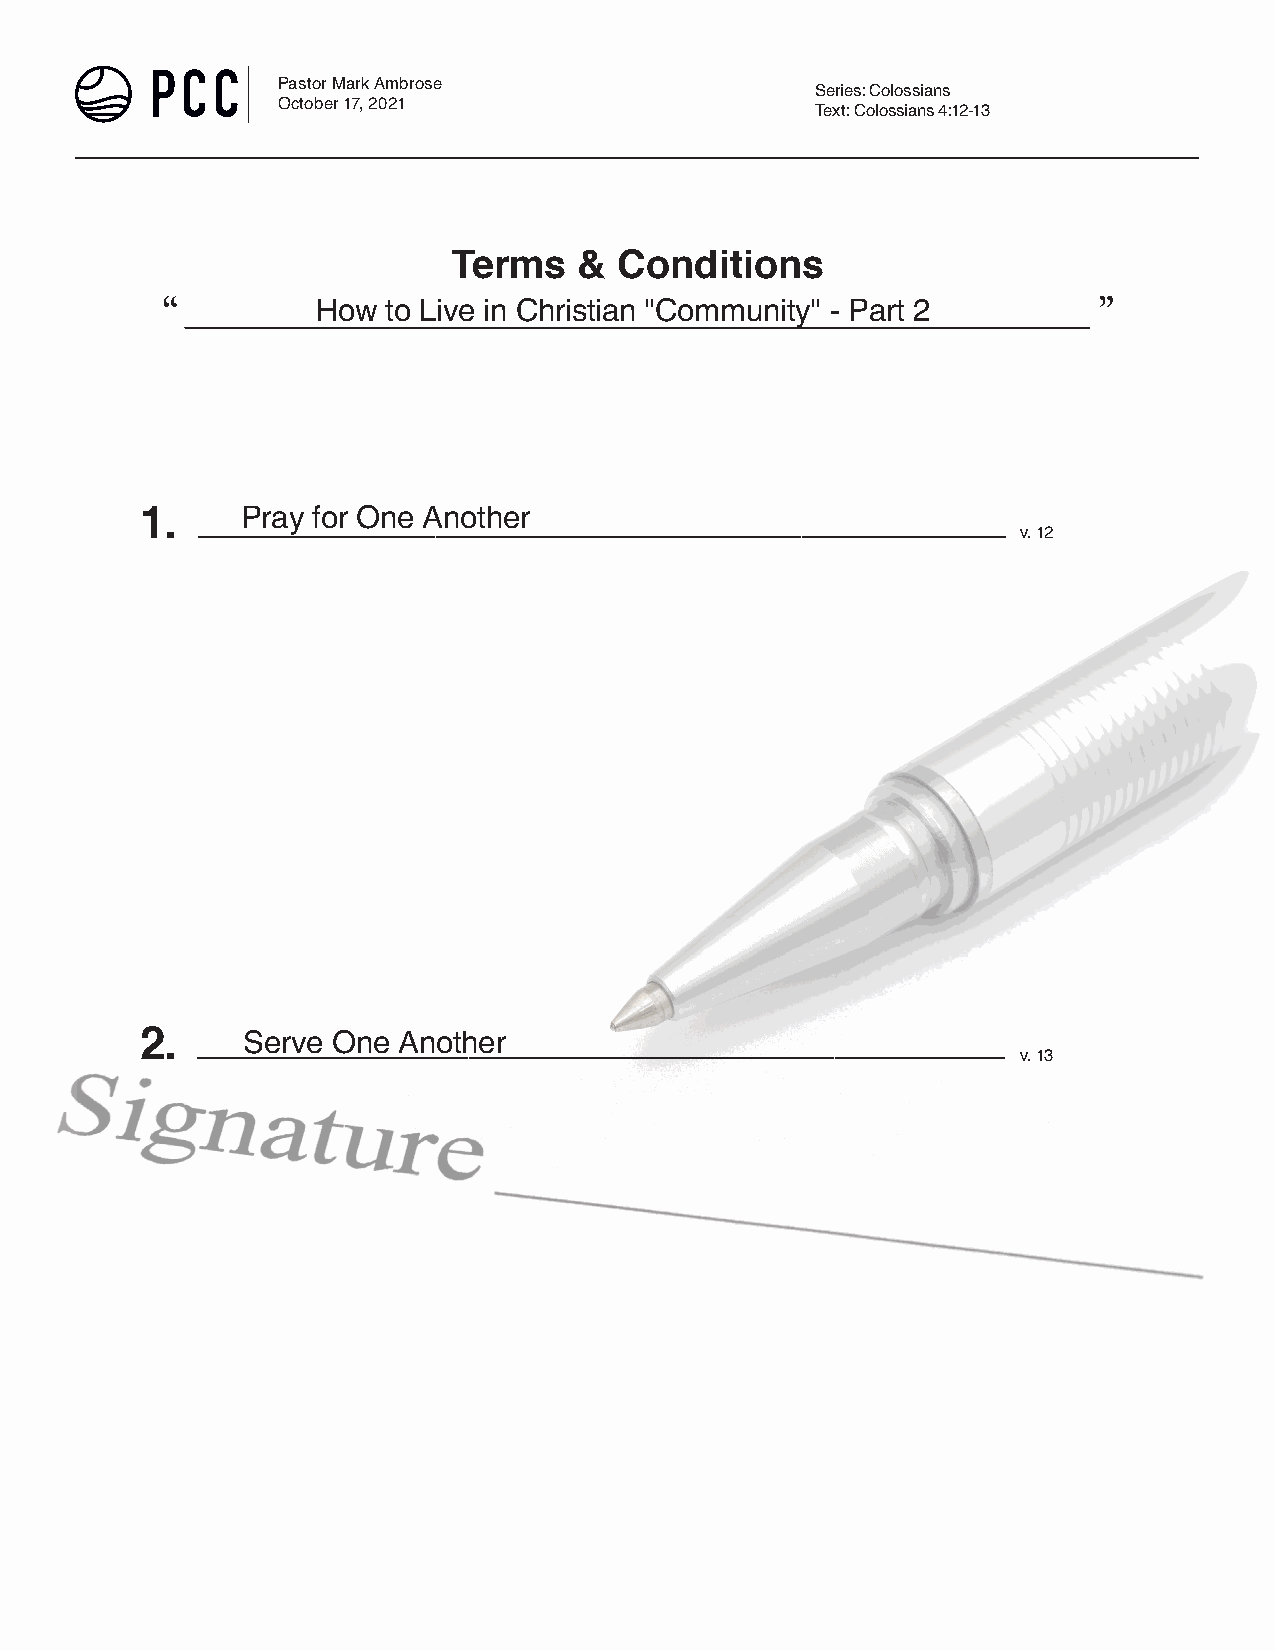
Pastor Mark Ambrose
 Series: Colossians
 October 17, 2021
 Text: Colossians 4:12-13
 Terms   &  Conditions
 How  to Live in Christian "Community" - Part 2
 Pray for One Another
 1.  ________________________________________________
 v. 12
 Serve One Another
 2.  ________________________________________________
 v. 13